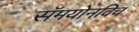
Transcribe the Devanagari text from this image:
सॅमयोनविच